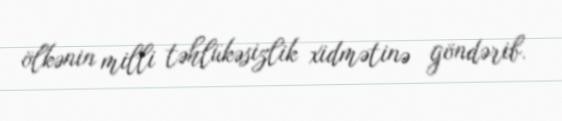
ölkənin milli təhlükəsizlik xidmətinə göndərib.